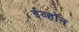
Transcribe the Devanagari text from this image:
ईव्हॉन